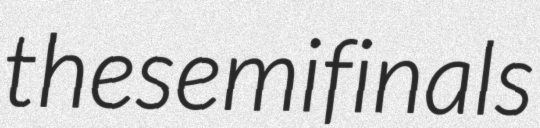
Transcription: the semifinals